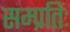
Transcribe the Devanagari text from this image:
सम्प्रतिः